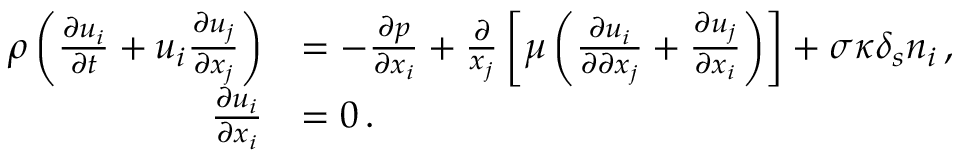
\begin{array} { r l } { \rho \left( \frac { \partial u _ { i } } { \partial t } + u _ { i } \frac { \partial u _ { j } } { \partial x _ { j } } \right) } & { = - \frac { \partial p } { \partial x _ { i } } + \frac { \partial } { x _ { j } } \left[ \mu \left( \frac { \partial u _ { i } } { \partial \partial x _ { j } } + \frac { \partial u _ { j } } { \partial x _ { i } } \right) \right] + \sigma \kappa \delta _ { s } n _ { i } \, , } \\ { \frac { \partial u _ { i } } { \partial x _ { i } } } & { = 0 \, . } \end{array}